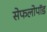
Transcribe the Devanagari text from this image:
सेफलोपॉड